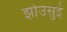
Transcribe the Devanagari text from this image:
झोउसुई